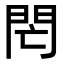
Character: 𨳑